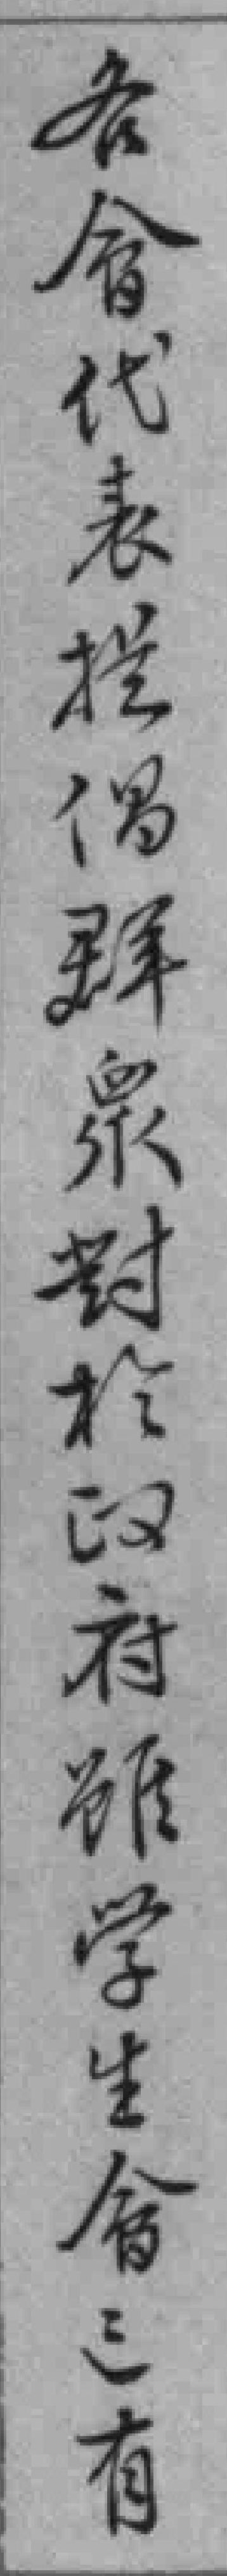
各會代表提倡群衆對於政府雖學生會已有